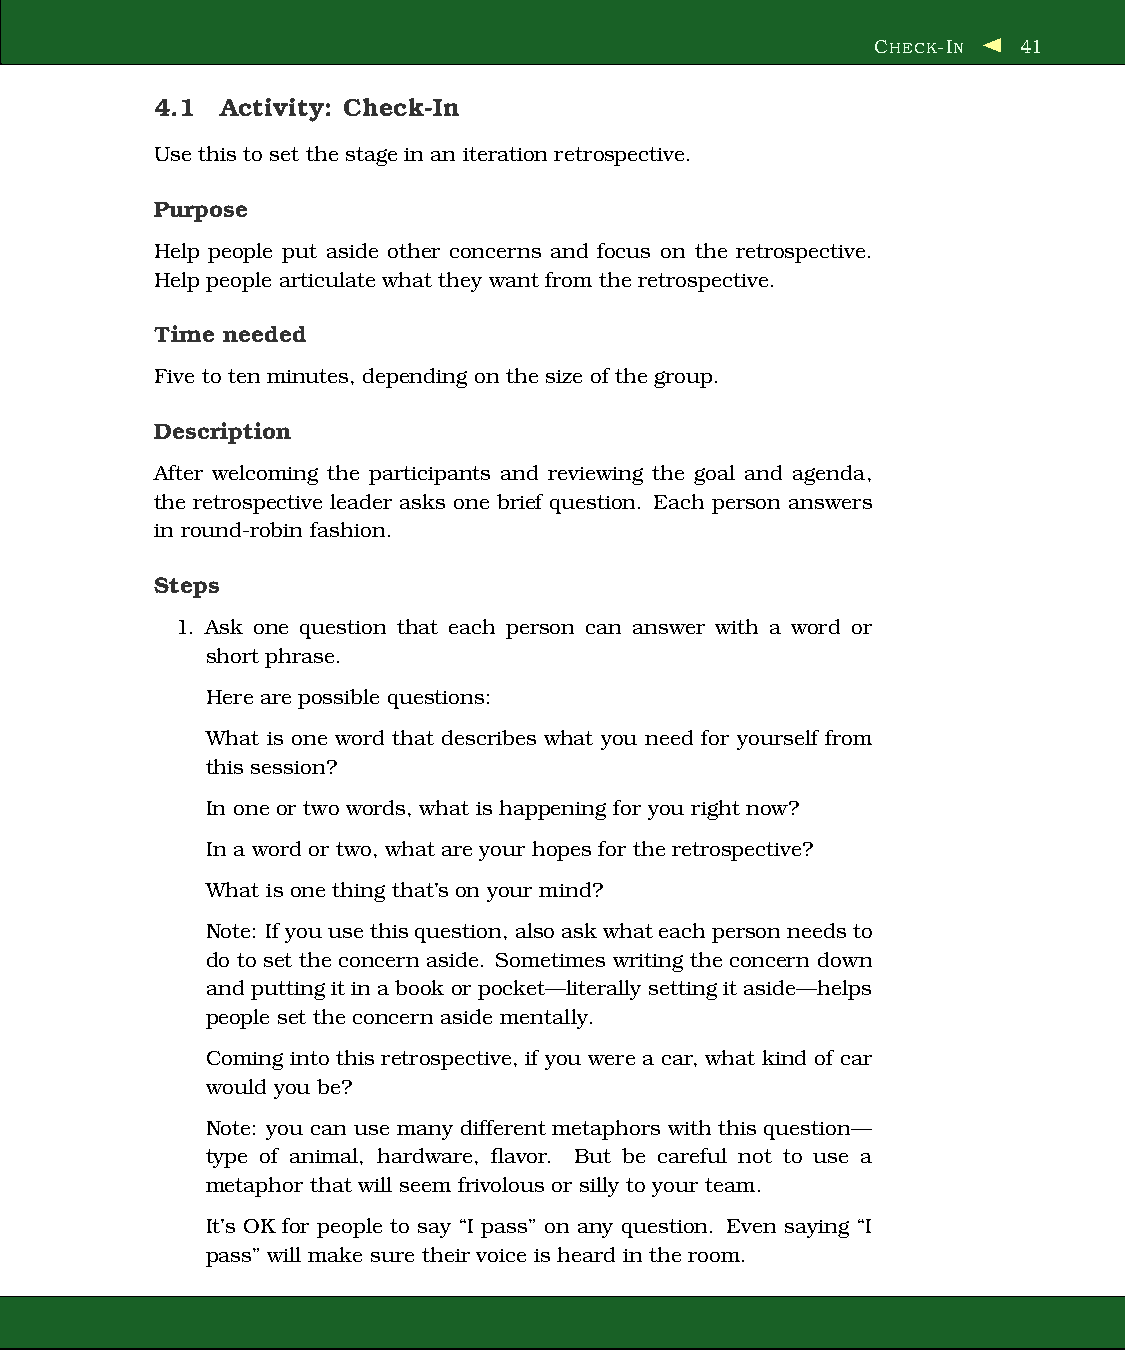
CHECK-IN  41
 4.1  Activity: Check-In
 Use this to set the stage in an iteration retrospective.
 Purpose
 Help people put aside other concerns and focus on the retrospective.
 Help people articulate what they want from the retrospective.
 Time needed
 Five to ten minutes, depending on the size of the group.
 Description
 After welcoming the participants and reviewing the goal and agenda,
 the retrospective leader asks one brief question. Each person answers
 in round-robin fashion.
 Steps
 1. Ask one question that each person can answer with a word or
 short phrase.
 Here are possible questions:
 What is one word that describes what you need for yourself from
 this session?
 In one or two words, what is happening for you right now?
 In a word or two, what are your hopes for the retrospective?
 What is one thing that’s on your mind?
 Note: Ifyouusethisquestion, alsoaskwhateach personneedsto
 do to set the concern aside. Sometimes writing the concern down
 and putting it in abook or pocket—literally setting it aside—helps
 people set the concern aside mentally.
 Coming into this retrospective, if you were a car, what kind of car
 would you be?
 Note: you can use many different metaphors with this question—
 type of animal, hardware, flavor. But be careful not to use a
 metaphor that will seem frivolous or silly to your team.
 It’s OK for people to say “I pass” on any question. Even saying “I
 pass” will make sure their voice is heard in the room.